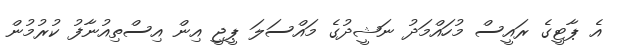
އެ ޕާޓީގެ ރައީސް މުހައްމަދު ނަޝީދުގެ މައްސަލަ ޕީޖީ އިން އިސްތިއުނާފު ކުރުމުން